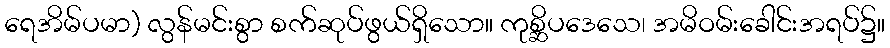
ရေအိမ်ပမာ) လွန်မင်းစွာ စက်ဆုပ်ဖွယ်ရှိသော။ ကုစ္ဆိပဒေသေ၊ အမိဝမ်းခေါင်းအရပ်၌။